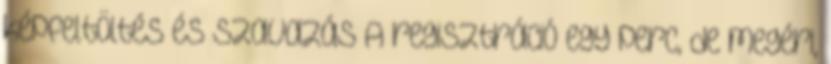
képfeltöltés és szavazás A regisztráció egy perc, de megéri,